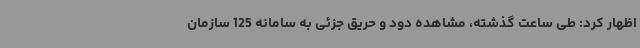
اظهار کرد: طی ساعت گذشته، مشاهده دود و حریق جزئی به سامانه 125 سازمان